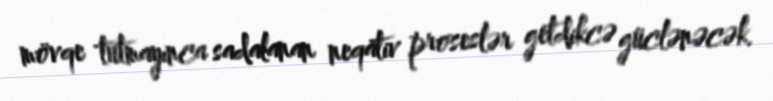
mövqe tutmayınca sadalanan neqativ proseslər getdikcə güclənəcək.